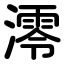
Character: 澪